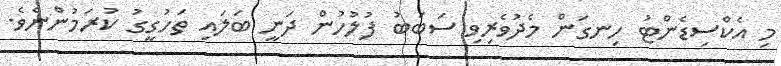
މި އެކްސިޑެންޓު ހިނގަން މެދުވެރިވި ސަބަބު ފުލުހުން ދަނީ ބަލައި ތަހުގީގު ކުރަމުންނެވެ.